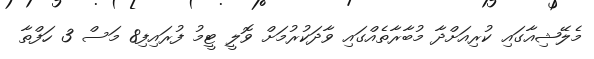
މެލޭޝިއާގައި ކުރިއަށްދާ މުބާރާތެއްގައި ވާދަކުރުމަށް ވޮލީ ޓީމު ފުރައިފި8 މަސް 3 ހަފްތާ